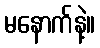
မနောက်နဲ့။